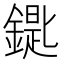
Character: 𨫞